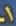
1